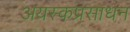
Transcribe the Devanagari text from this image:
अयस्कप्रसाधन